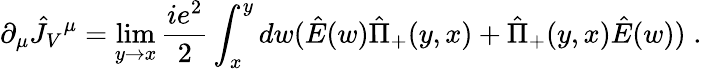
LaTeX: \partial_{\mu}\hat{J}_{V}{}^{\mu}=\operatorname*{lim}_{y\rightarrow x}{\frac{ie^{2}}{2}}\int_{x}^{y}dw(\hat{E}(w)\hat{\Pi}_{+}(y,x)+\hat{\Pi}_{+}(y,x)\hat{E}(w))\; .